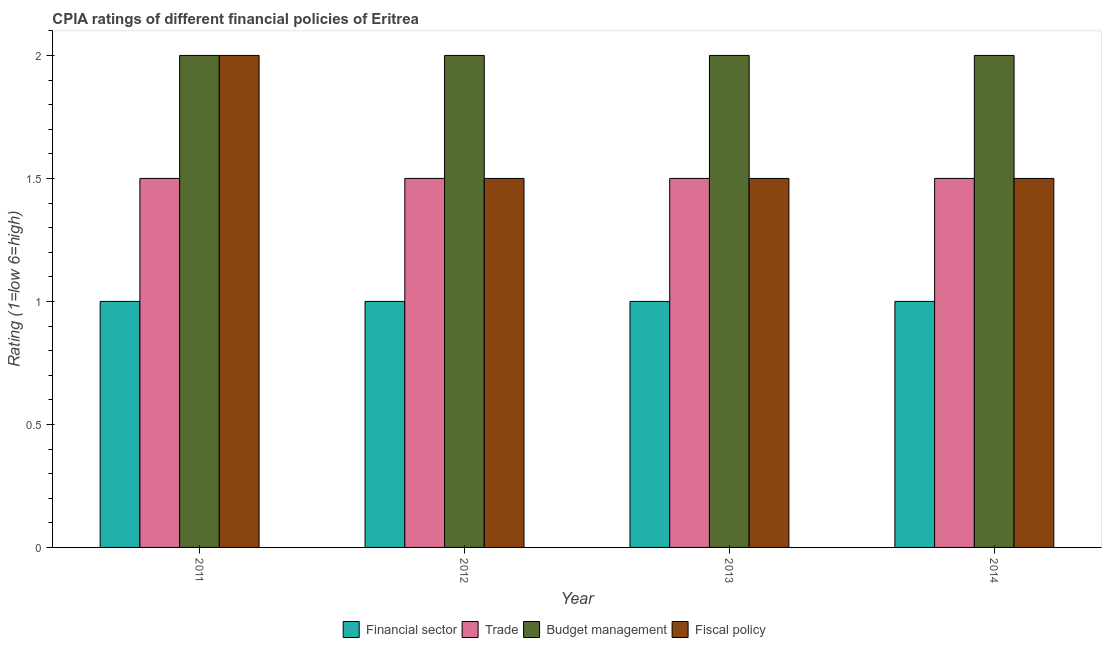
| Year | Financial sector | Trade | Budget management | Fiscal policy |
 | --- | --- | --- | --- | --- |
 | 2011 | 1 | 1.5 | 2 | 2 |
 | 2012 | 1 | 1.5 | 2 | 1.5 |
 | 2013 | 1 | 1.5 | 2 | 1.5 |
 | 2014 | 1 | 1.5 | 2 | 1.5 |